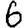
Digit: 6